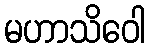
မဟာသိဝေါ